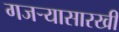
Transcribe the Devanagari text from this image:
गजर्‍यासारखी